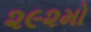
૨૯૨મો